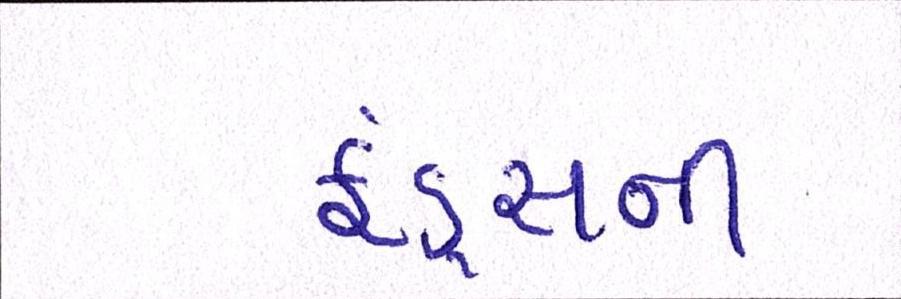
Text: ફંડ્સની